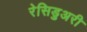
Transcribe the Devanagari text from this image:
रेसिडुअरी